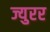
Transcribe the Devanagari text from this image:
ज्युरर